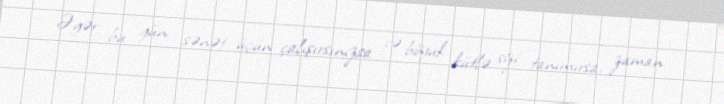
Əgər bu gün sənət üçün çalışırsınızsa və böyük kütlə sizi tanımırsa, zaman